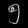
Digit: ၅